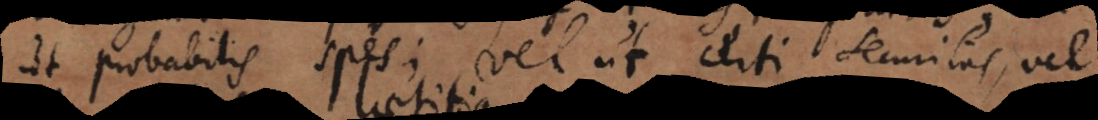
ut probabilis spes; vel ut certi securitas, v